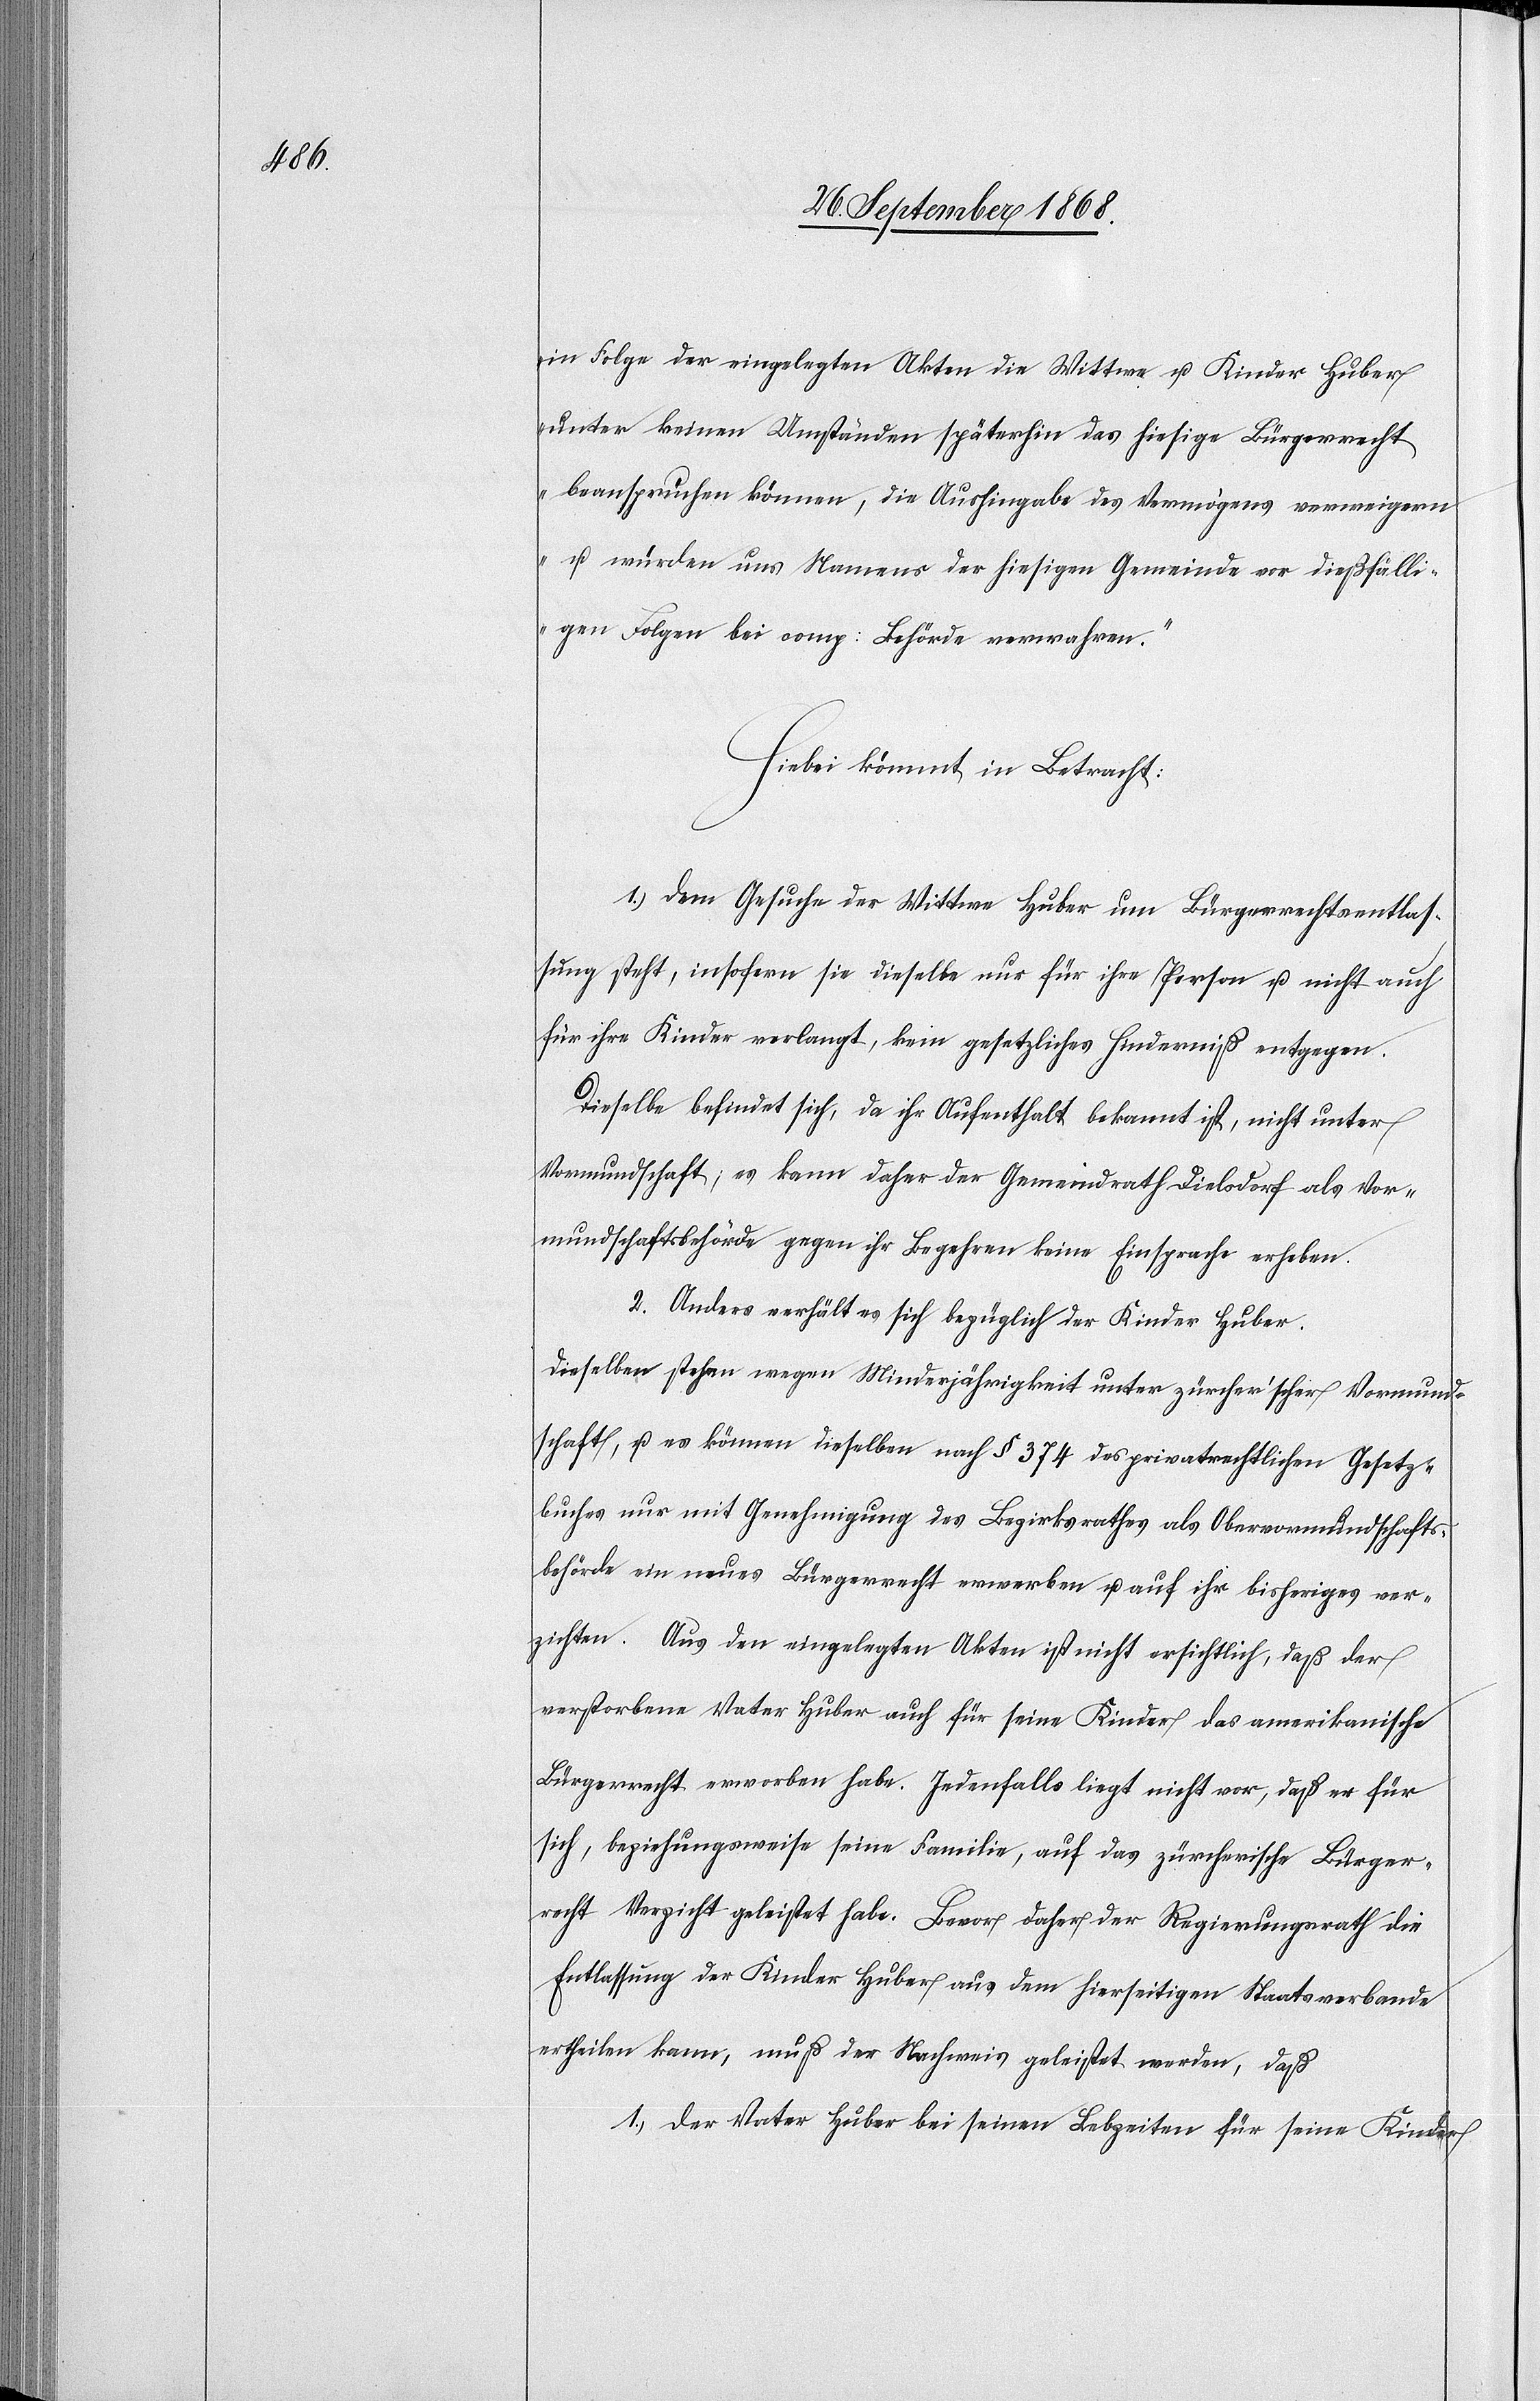
in Folge der eingelegten Akten die Wittwe u. Kinder Huber
unter keinen Umständen späterhin das hiesige Bürgerrecht
beanspruchen können, die Aushingabe des Vermögens verweigern
u. würden uns Namens der hiesigen Gemeinde vor dießfälli¬
gen Folgen bei comp: Behörde verwahren.“
Hiebei kömmt in Betracht:
1. Dem Gesuche der Wittwe Huber um Bürgerrechtsentlas¬
sung steht, insofern sie dieselbe nur für ihre Person u. nicht auch
für ihre Kinder verlangt, kein gesetzliches Hinderniß entgegen.
Dieselbe befindet sich, da ihr Aufenthalt bekannt ist, nicht unter
Vormundschaft; es kann daher der Gemeindrath Dielsdorf als Vor¬
mundschaftsbehörde gegen ihr Begehren keine Einsprache erheben.
2. Anders verhält es sich bezüglich der Kinder Huber.
Dieselben stehen wegen Minderjährigkeit unter zürcher’scher Vormund¬
schaft, u. es können dieselben nach § 374 des privatrechtlichen Gesetz¬
buches nur mit Genehmigung des Bezirksrathes als Obervormundschafts¬
behörde ein neues Bürgerrecht erwerben u. auf ihr bisheriges ver¬
zichten. Aus den eingelegten Akten ist nicht ersichtlich, daß der
verstorbene Vater Huber auch für seine Kinder das amerikanische
Bürgerrecht erworben habe. Jedenfalls liegt nicht vor, daß er für
sich, beziehungsweise seine Familie, auf das zürcherische Bürger¬
recht Verzicht geleistet habe. Bevor daher der Regierungsrath die
Entlassung der Kinder Huber aus dem hierseitigen Staatsverbande
ertheilen kann, muß der Nachweis geleistet werden, daß
1.) der Vater Huber bei seinen Lebzeiten für seine Kinder